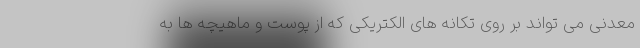
معدنی می تواند بر روی تکانه های الکتریکی که از پوست و ماهیچه ها به